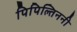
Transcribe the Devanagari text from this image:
पिपिल्तिननी